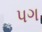
પગ